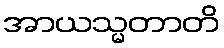
အာယသ္မတာတိ